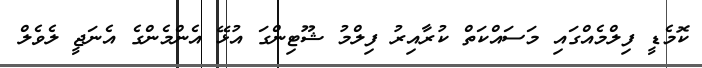
ކޮމެޑީ ފިލްމެއްގައި މަސައްކަތް ކުރާއިރު ފިލްމު ޝޫޓިންގަ އުޅޭ އެންމެންގެ އެނަޖީ ލެވެލް